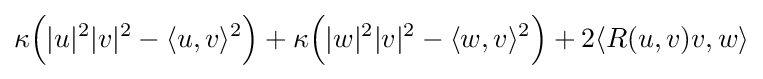
\kappa {\Big (}|u|^{2}|v|^{2}-\langle u,v\rangle ^{2}{\Big )}+\kappa {\Big (}|w|^{2}|v|^{2}-\langle w,v\rangle ^{2}{\Big )}+2\langle R(u,v)v,w\rangle